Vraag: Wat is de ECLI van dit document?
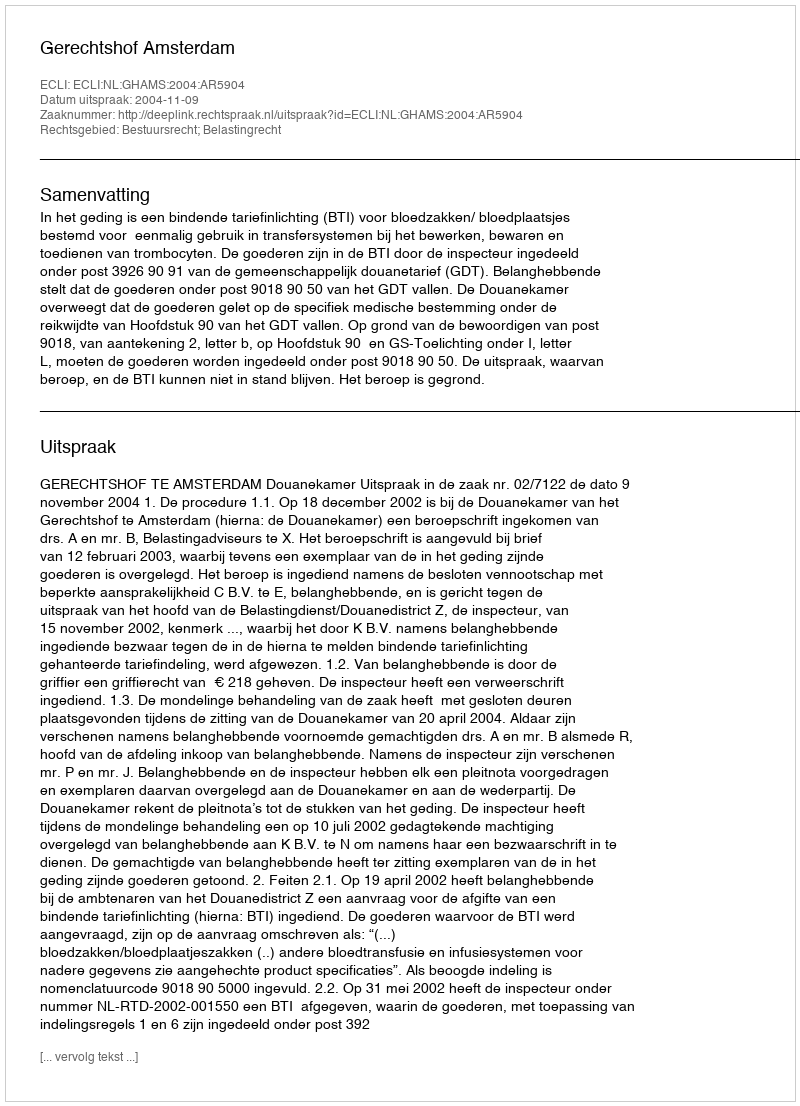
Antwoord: ECLI:NL:GHAMS:2004:AR5904